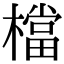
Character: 檔